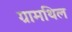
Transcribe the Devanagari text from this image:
ग्रामथिल